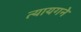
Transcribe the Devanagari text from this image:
त्यायगने